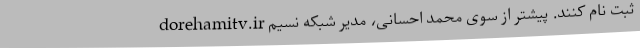
dorehamitv.ir ثبت نام کنند. پیشتر از سوی محمد احسانی، مدیر شبکه نسیم‌